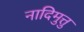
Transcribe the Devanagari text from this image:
नादिमुत्तु